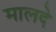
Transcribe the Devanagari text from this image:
मालदे